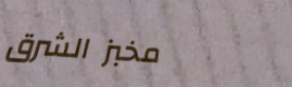
مخبز الشرق